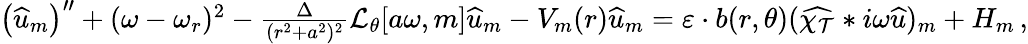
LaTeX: \begin{array}{r}{\left(\widehat{u}_{m}\right)^{\prime\prime}+(\omega-\omega_{r})^{2}-\frac{\Delta}{(r^{2}+a^{2})^{2}}\mathcal{L}_{\theta}[a\omega,m]\widehat{u}_{m}-V_{m}(r)\widehat{u}_{m}=\varepsilon\cdot b(r,\theta)(\widehat{\chi_{\mathcal{T}}}*i\omega\widehat{u})_{m}+H_{m}\, ,}\end{array}